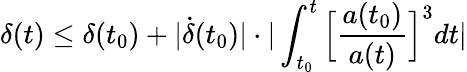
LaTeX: \delta(t)\leq\delta(t_{0})+|\dot{\delta}(t_{0})|\cdot|\int_{t_{0}}^{t}\Big[\frac{a(t_{0})}{a(t)}\Big]^{3}dt|